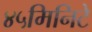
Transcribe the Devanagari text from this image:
४५मिनिटे